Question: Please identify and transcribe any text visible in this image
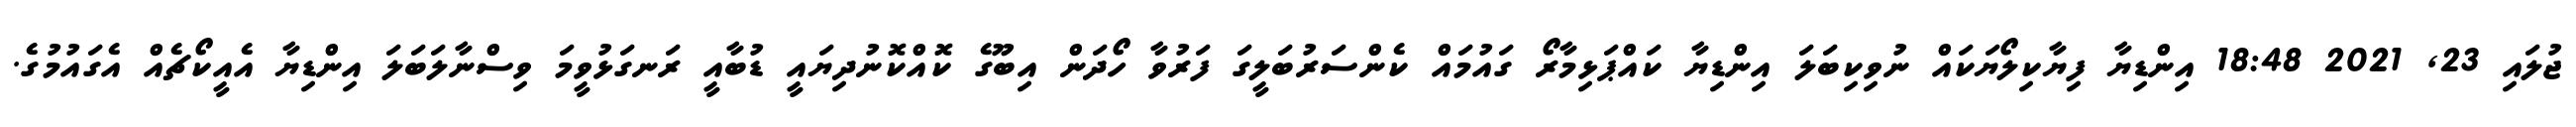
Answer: ޖުލައި 23, 2021 18:48 އިންޑިޔާ ފިޔާކިލޯޔަކައް ނުވިކިބަލަ އިންޑިޔާ ކައްޕަޅިމާރޯ ގައުމައް ކެންސަރުބަލީގަ ފަރުވާ ހޯދަން އިބޫގެ ކޮއްކޮނުދިޔައީ ޑުބާއީ ރަނގަޅުވީމަ ވިސްނާލަބަލަ އިންޑިޔާ އެއީކޯޗެއް އެގައުމުގެ.